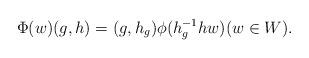
LaTeX: \begin{align*} \Phi(w)(g,h)=(g,h_g)\phi(h_g^{-1}hw)(w\in W). \end{align*}